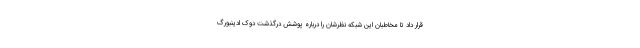
قرار داد تا مخاطبان این شبکه نظرشان را درباره پوشش درگذشت دوک ادینبورگ